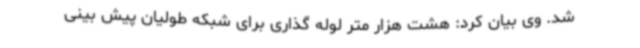
شد. وی بیان کرد: هشت هزار متر لوله گذاری برای شبکه طولیان پیش بینی